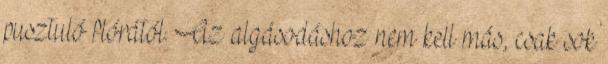
pusztuló flórától. Az algásodáshoz nem kell más, csak sok